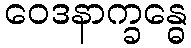
ဝေဒနာက္ခန္ဓေ